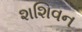
શશિવન